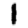
Digit: 1